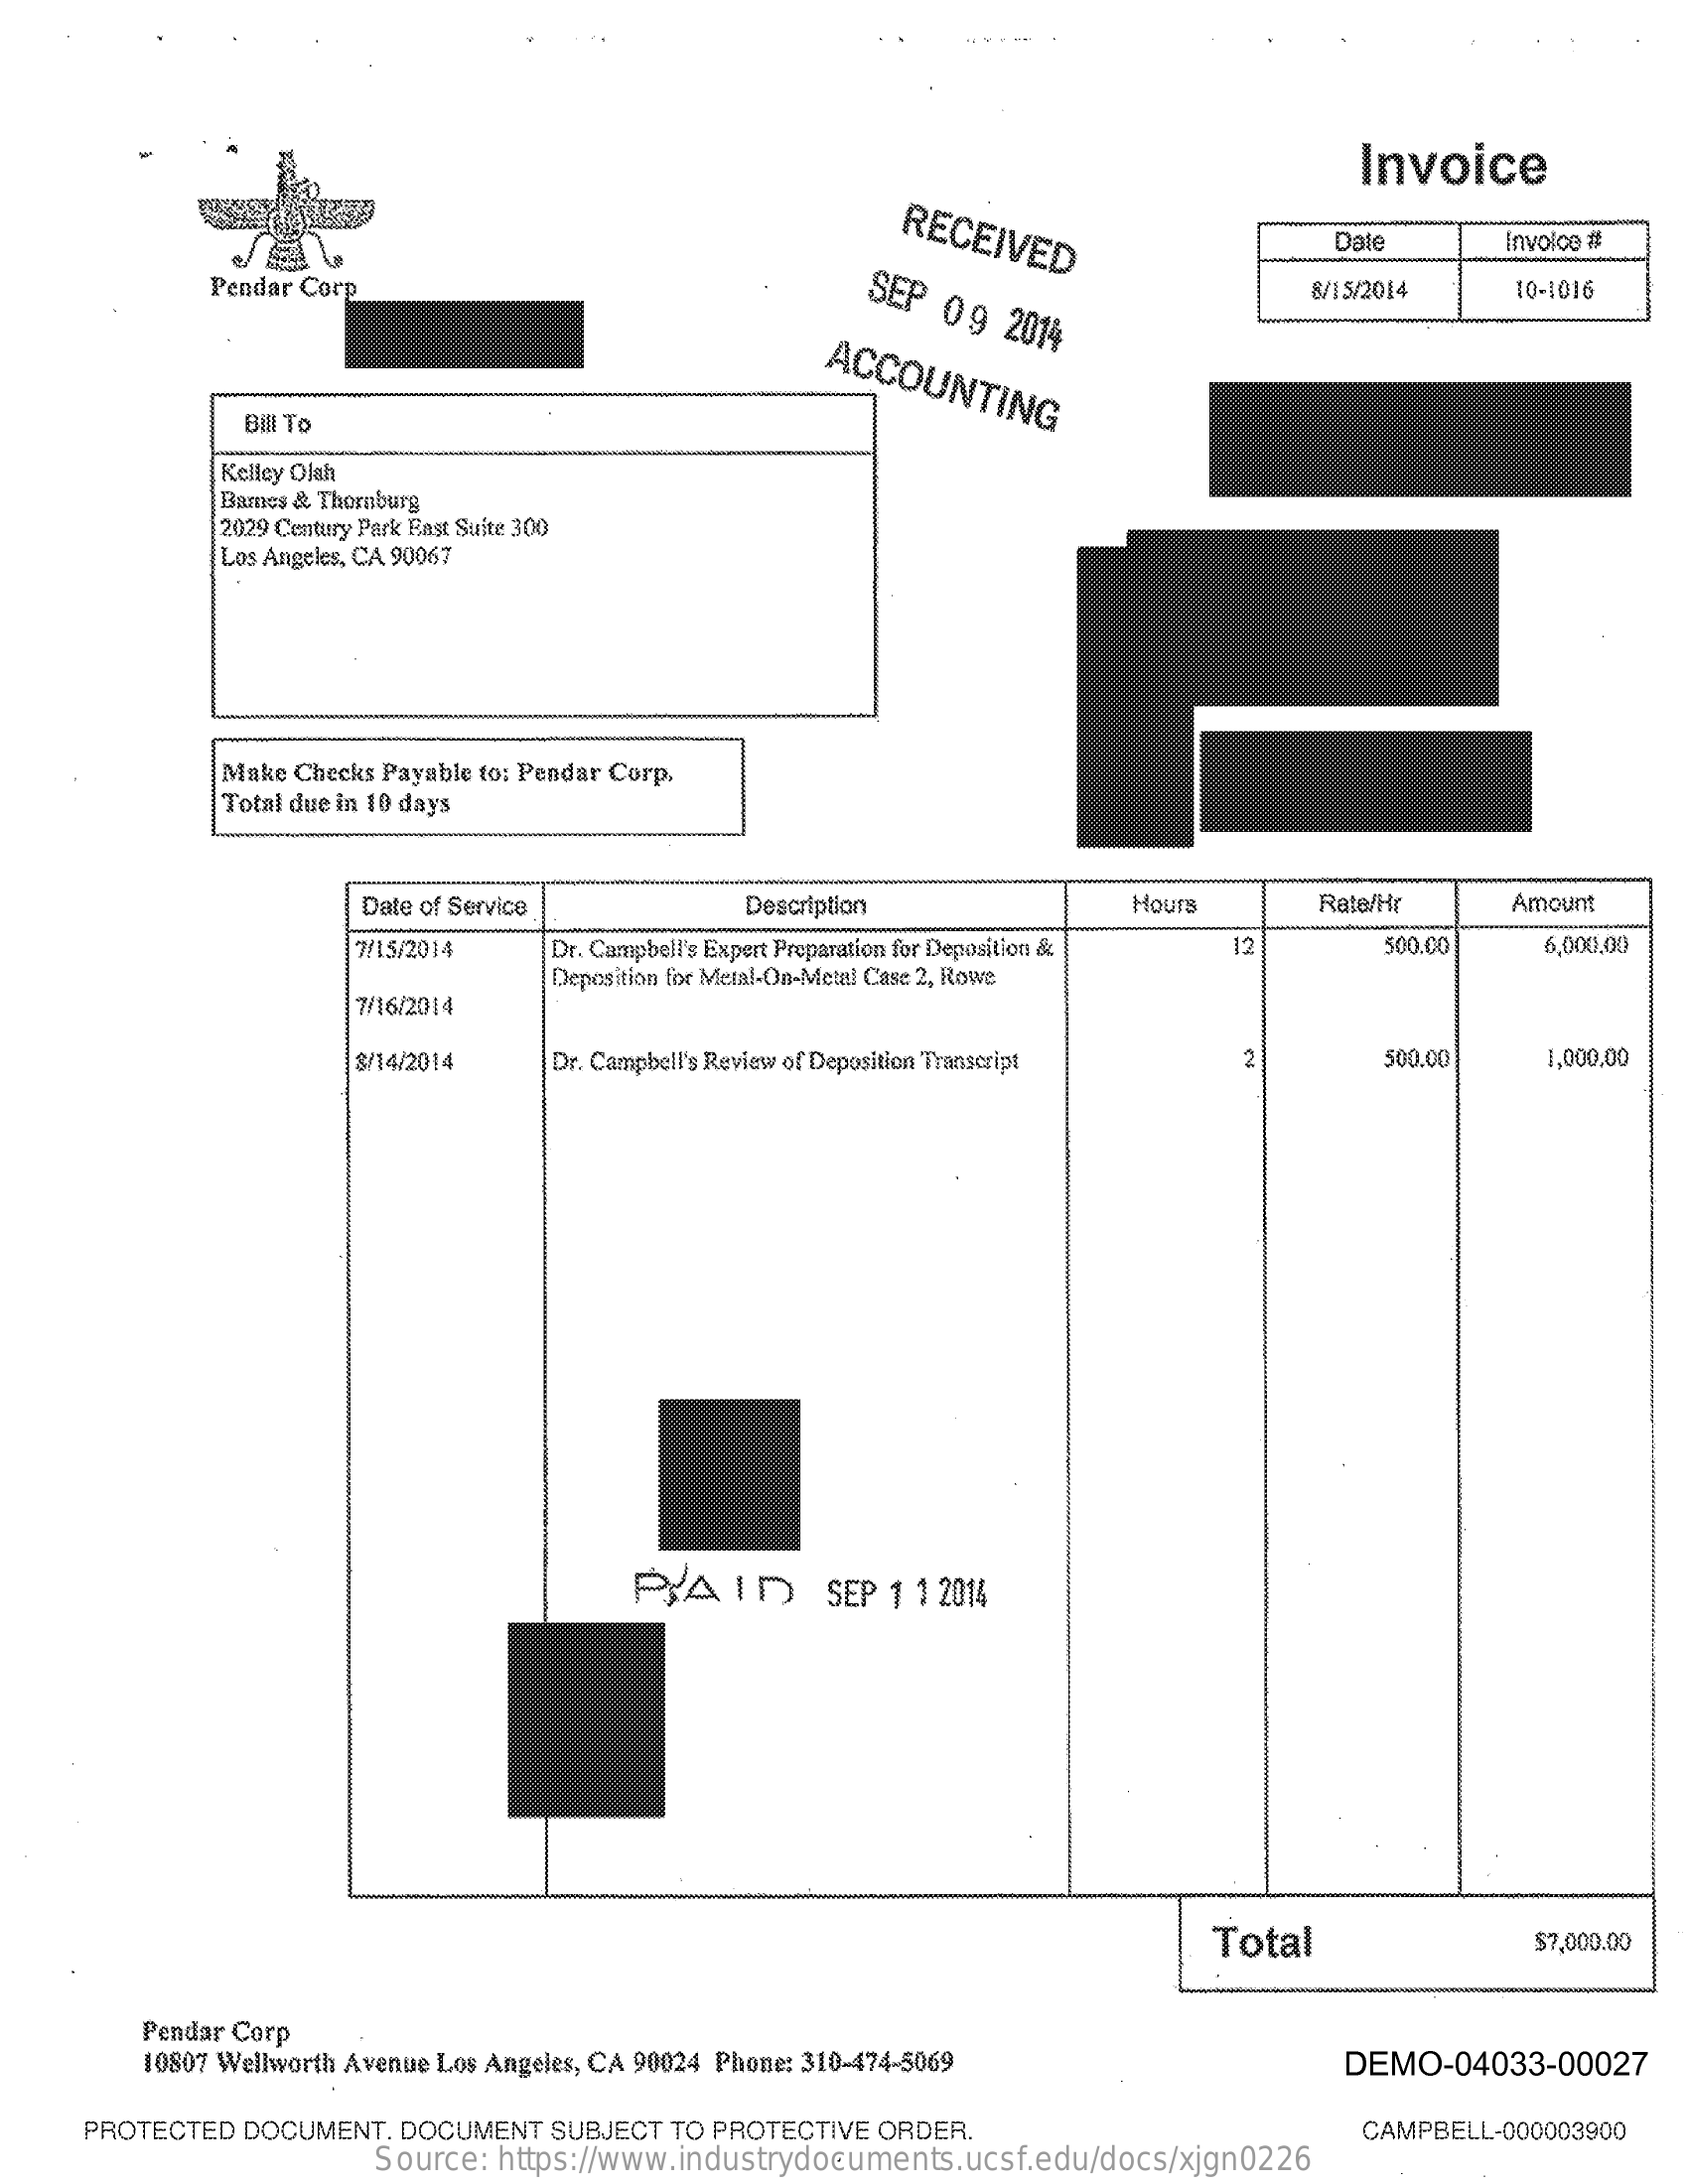
Invoice
     RECEIVED    Date    invoice #
     Pendar Corp    SEP 09 2014
     8/15/2014 10-1016
     ACCOUNTING
     Bill To
     Kelley Olah
     Barnes & Thornburg
     2029 Century Park Fast Suite 300
     Los Angeles, CA 90067
     Make Checks Payable to: Pendar Corp.
     Total due in 10 days
     Date of Service  Description    Hours   Rate/Hr  Amount
     7/15/2014 Dr. Campbell's Expert Preparation for Deposition & 12 500.00 6,000,00
     Deposition for Metal-On-Metal Case 2, Rowe
     7/16/2014
     8/14/2014 Dr. Campbell's Review of Deposition Transcript 500.00 1,000,00
     PAID    SEP 1 1 2014
     Total    $7,000.00
     10807 Wellworth Avenue Los Angeles, CA 90024 Phone: 310-474-5069
     Pendar Corp
     DEMO-04033-00027
    PROTECTED DOCUMENT. DOCUMENT SUBJECT TO PROTECTIVE ORDER. CAMPBELL-000003900
     Source: https://www.industrydocuments.ucsf.edu/docs/xjgn0226